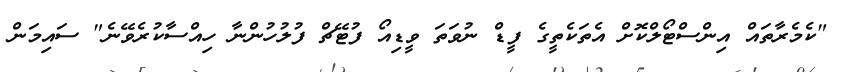
"ކެމެރާތައް އިންސްޓޯލްކޮށް އެތަކެތީގެ ފީޑް ނުވަތަ ވީޑިއޯ ފުޓޭޗް ފުލުހުންނާ ހިއްސާކުރެވޭނެ" ސައިމަން